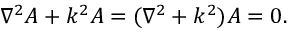
\nabla ^ { 2 } A + k ^ { 2 } A = ( \nabla ^ { 2 } + k ^ { 2 } ) A = 0 .